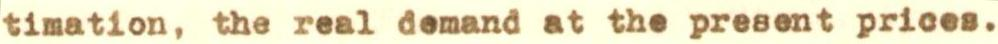
timation, the real demand at the present prices.